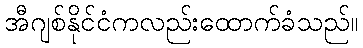
အီဂျစ်နိုင်ငံကလည်းထောက်ခံသည်။